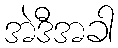
အဲဒီအခါ